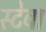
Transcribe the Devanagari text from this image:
स्टेवा